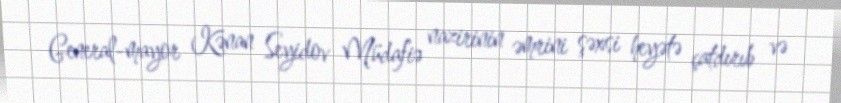
General-mayor Kənan Seyidov Müdafiə nazirinin əmrini şəxsi heyətə çatdırıb və